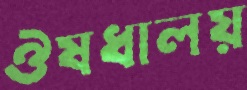
ঔষধালয়